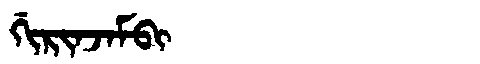
Manchu: ᡤᡳᡵᡳᠨᠵᠠᠮᠪᡳ
Romanization: GIRINJAMBI